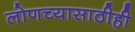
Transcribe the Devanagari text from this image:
लोणच्यासाठीही